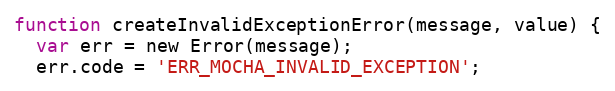
Language: JavaScript
function createInvalidExceptionError(message, value) {
  var err = new Error(message);
  err.code = 'ERR_MOCHA_INVALID_EXCEPTION';